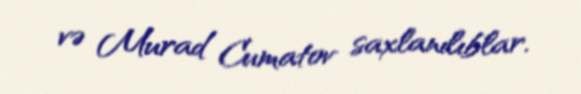
və Murad Cumatov saxlanılıblar.